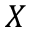
X